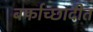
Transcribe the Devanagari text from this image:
बर्फाच्छादीत